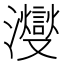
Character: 𪸂